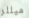
ميللر